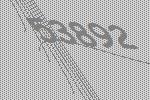
53892